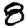
Digit: 8